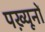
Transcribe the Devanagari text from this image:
पख़्यूनों